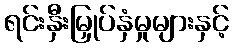
ရင်းနှီးမြှုပ်နှံမှုများနှင့်